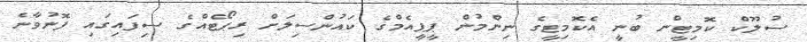
ސުލޫކް ކޮމިޓީން ބުނީ އެކޮމިޓީގެ ނިންމުން ޕީޕީއެމްގެ ކައުންސިލަށް ރިޕޯޓެއްގެ ސިފައިގައި ފޮނުވާނެ